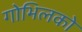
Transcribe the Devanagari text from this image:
गोभिलको